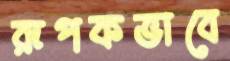
রূপকভাবে